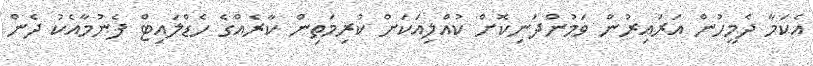
އެކަމާ ދެމީހުން އަރައިރުން ވަމުންދަނިކޮށް ކުއްލިއަކަށް ކުރިމަތިން ކާރެއްގެ ހެޑްލައިޓް ފެނުމާއެކު ދެން